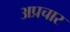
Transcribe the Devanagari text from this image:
अप्रचार